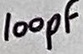
Text: 100pF